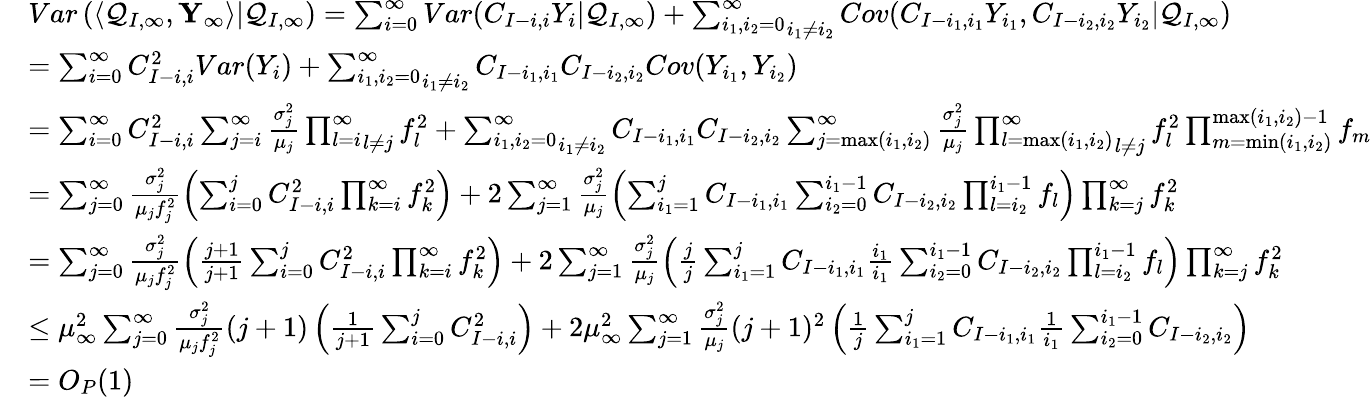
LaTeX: \begin{array}{rl}&{Var\left(\left\langle\mathcal{Q}_{I,\infty},\mathbf{Y}_{\infty}\right\rangle|\mathcal{Q}_{I,\infty}\right)=\sum_{i=0}^{\infty}Var(C_{I-i,i}Y_{i}|\mathcal{Q}_{I,\infty})+\underset{i_{1}\neq i_{2}}{\sum_{i_{1},i_{2}=0}^{\infty}}Cov(C_{I-i_{1},i_{1}}Y_{i_{1}},C_{I-i_{2},i_{2}}Y_{i_{2}}|\mathcal{Q}_{I,\infty})}\\ &{=\sum_{i=0}^{\infty}C_{I-i,i}^{2}Var(Y_{i})+\underset{i_{1}\neq i_{2}}{\sum_{i_{1},i_{2}=0}^{\infty}}C_{I-i_{1},i_{1}}C_{I-i_{2},i_{2}}Cov(Y_{i_{1}},Y_{i_{2}})}\\ &{=\sum_{i=0}^{\infty}C_{I-i,i}^{2}\sum_{j=i}^{\infty}\frac{\sigma_{j}^{2}}{\mu_{j}}\underset{l\neq j}{\prod_{l=i}^{\infty}}f_{l}^{2}+\underset{i_{1}\neq i_{2}}{\sum_{i_{1},i_{2}=0}^{\infty}}C_{I-i_{1},i_{1}}C_{I-i_{2},i_{2}}\sum_{j=\operatorname*{max}(i_{1},i_{2})}^{\infty}\frac{\sigma_{j}^{2}}{\mu_{j}}\underset{l\neq j}{\prod_{l=\operatorname*{max}(i_{1},i_{2})}^{\infty}}f_{l}^{2}\prod_{m=\operatorname*{min}(i_{1},i_{2})}^{\operatorname*{max}(i_{1},i_{2})-1}f_{m}}\\ &{=\sum_{j=0}^{\infty}\frac{\sigma_{j}^{2}}{\mu_{j}f_{j}^{2}}\left(\sum_{i=0}^{j}C_{I-i,i}^{2}\prod_{k=i}^{\infty}f_{k}^{2}\right)+2\sum_{j=1}^{\infty}\frac{\sigma_{j}^{2}}{\mu_{j}}\left(\sum_{i_{1}=1}^{j}C_{I-i_{1},i_{1}}\sum_{i_{2}=0}^{i_{1}-1}C_{I-i_{2},i_{2}}\prod_{l=i_{2}}^{i_{1}-1}f_{l}\right)\prod_{k=j}^{\infty}f_{k}^{2}}\\ &{=\sum_{j=0}^{\infty}\frac{\sigma_{j}^{2}}{\mu_{j}f_{j}^{2}}\left(\frac{j+1}{j+1}\sum_{i=0}^{j}C_{I-i,i}^{2}\prod_{k=i}^{\infty}f_{k}^{2}\right)+2\sum_{j=1}^{\infty}\frac{\sigma_{j}^{2}}{\mu_{j}}\left(\frac{j}{j}\sum_{i_{1}=1}^{j}C_{I-i_{1},i_{1}}\frac{i_{1}}{i_{1}}\sum_{i_{2}=0}^{i_{1}-1}C_{I-i_{2},i_{2}}\prod_{l=i_{2}}^{i_{1}-1}f_{l}\right)\prod_{k=j}^{\infty}f_{k}^{2}}\\ &{\leq\mu_{\infty}^{2}\sum_{j=0}^{\infty}\frac{\sigma_{j}^{2}}{\mu_{j}f_{j}^{2}}(j+1)\left(\frac{1}{j+1}\sum_{i=0}^{j}C_{I-i,i}^{2}\right)+2\mu_{\infty}^{2}\sum_{j=1}^{\infty}\frac{\sigma_{j}^{2}}{\mu_{j}}(j+1)^{2}\left(\frac{1}{j}\sum_{i_{1}=1}^{j}C_{I-i_{1},i_{1}}\frac{1}{i_{1}}\sum_{i_{2}=0}^{i_{1}-1}C_{I-i_{2},i_{2}}\right)}\\ &{=O_{P}(1)}\end{array}